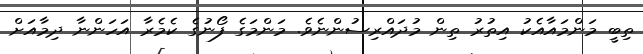
ތިބީ މަންމައާއެކު އިތުރު ތިން މުދައްރިސުންނެވެ. މަންމަގެ ފޯނުގެ ކެމެރާ އަހަންނާ ދިމާއަށް